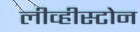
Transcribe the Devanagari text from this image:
लीव्हीस्टोन